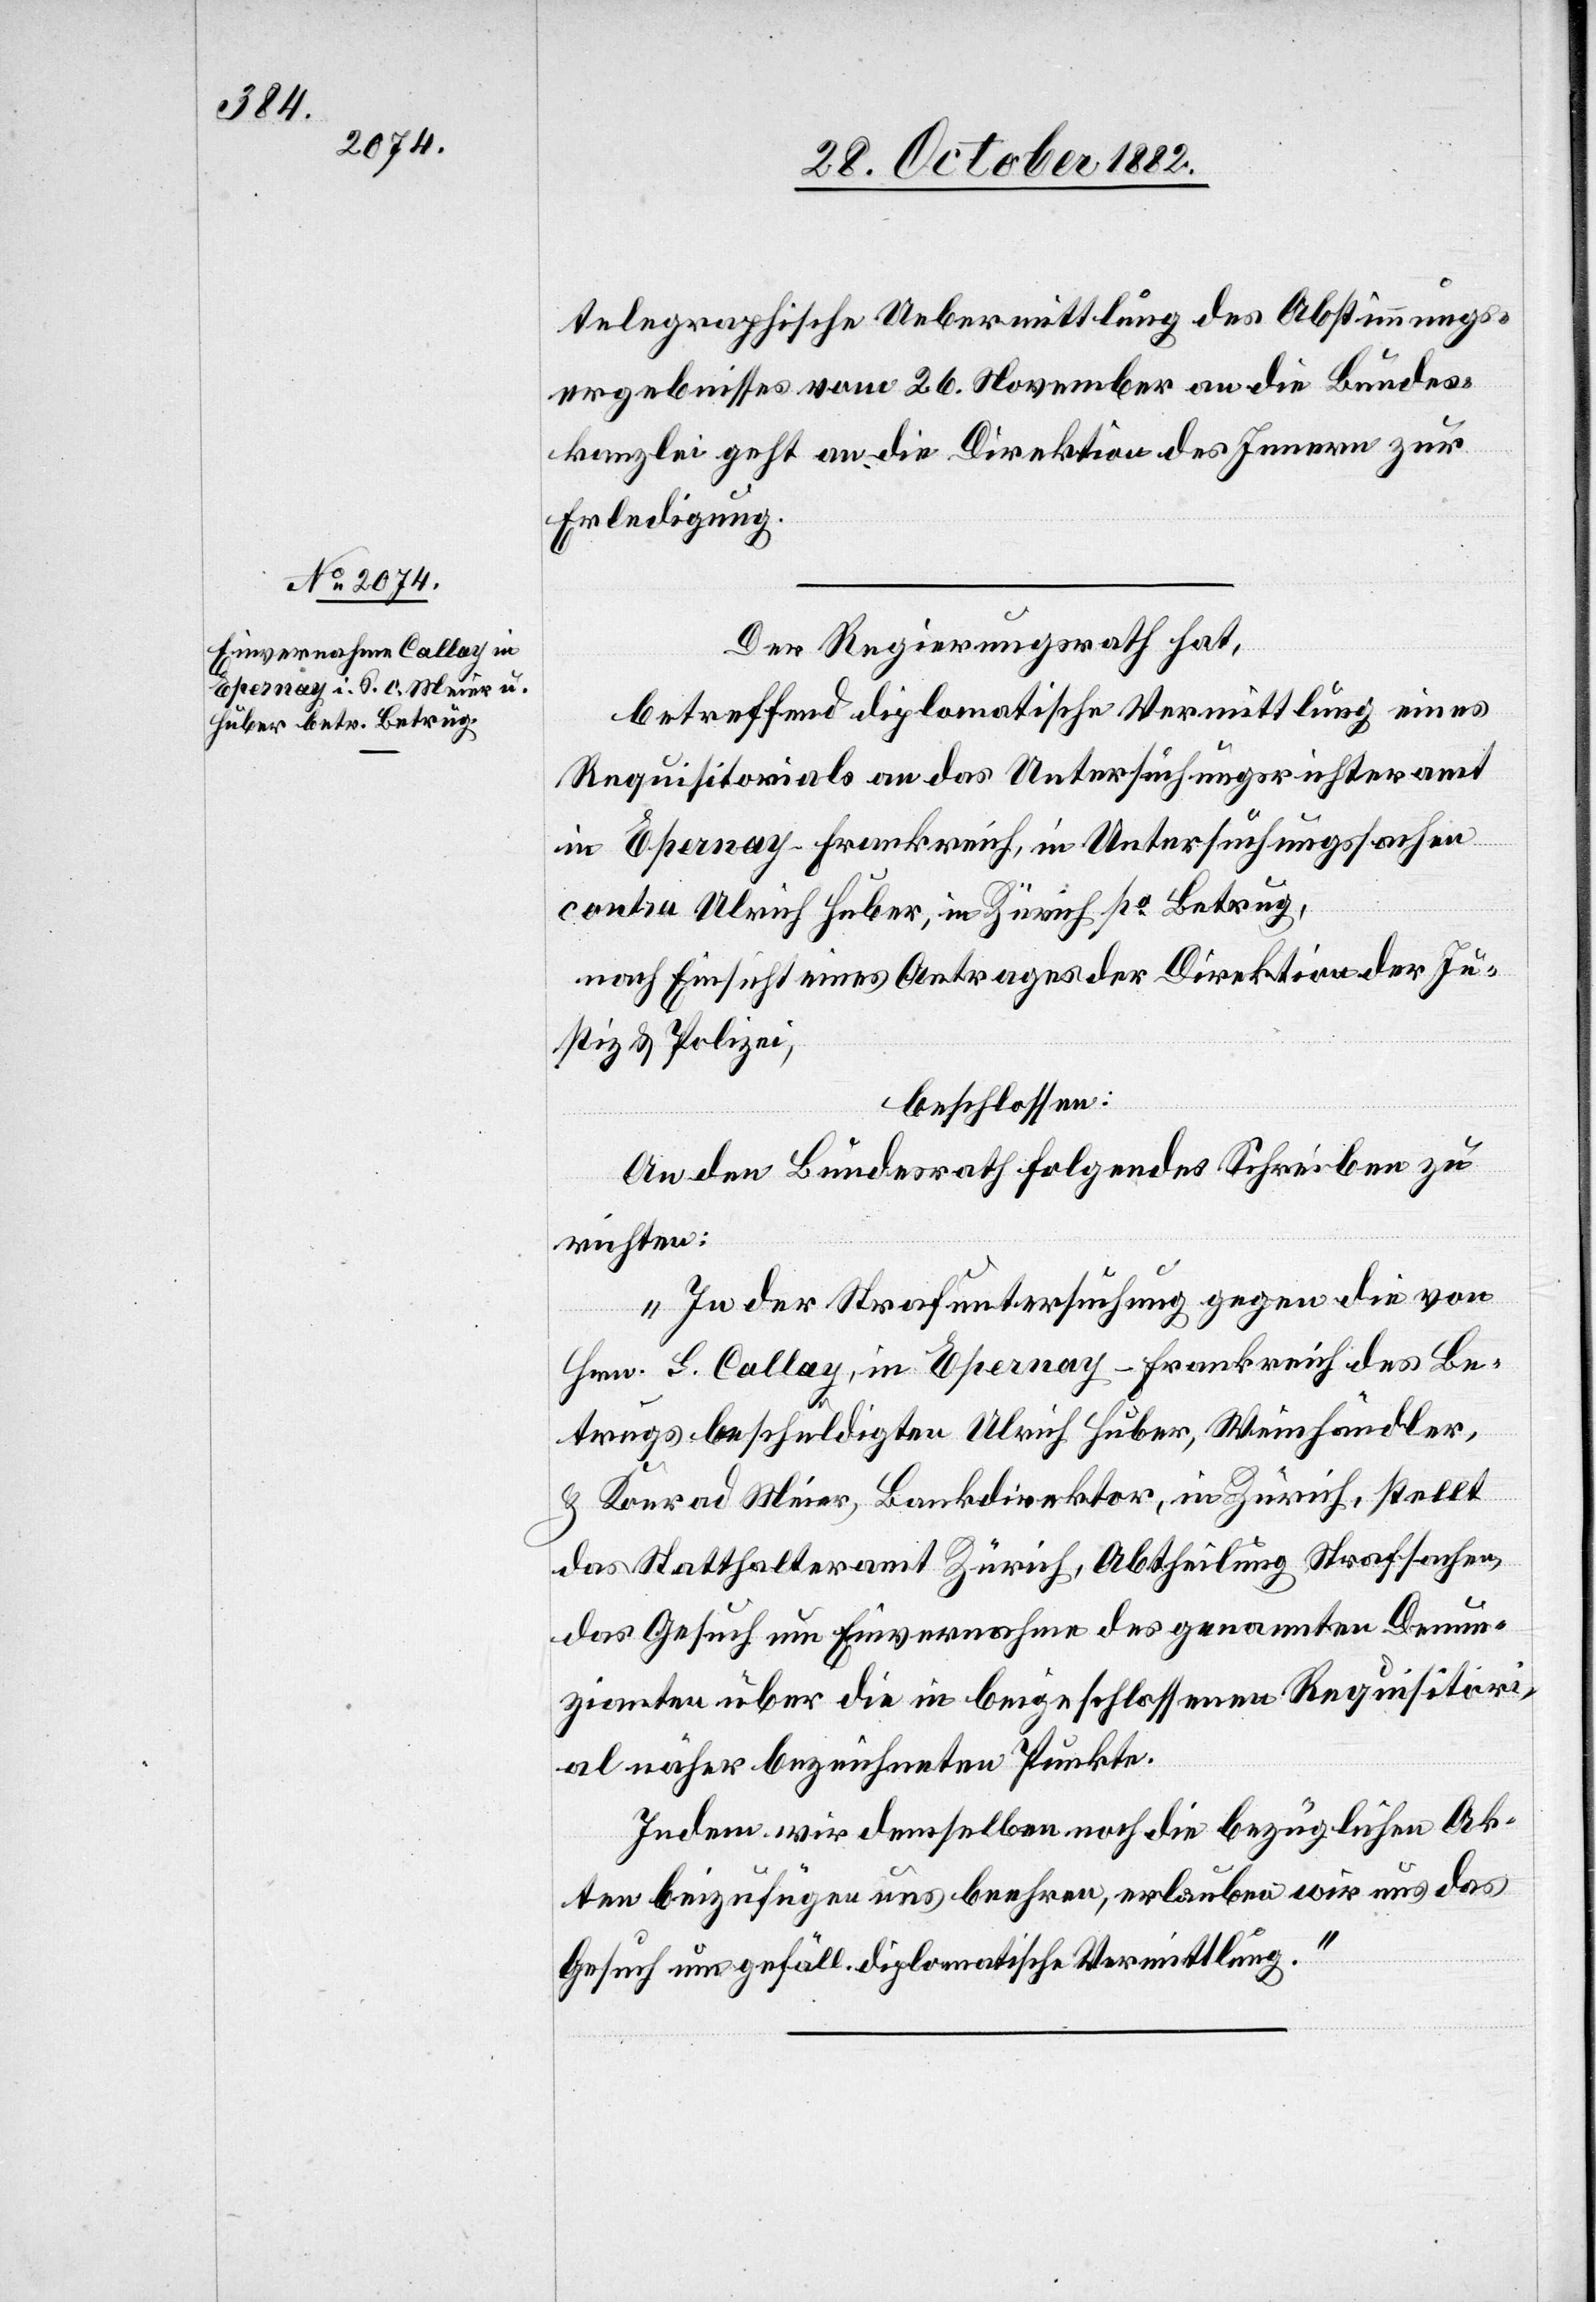
30. October 1882.]
telegraphische Uebermittlung des Abstimmungs¬
ergebnisses vom 26. November an die Bundes¬
kanzlei geht an die Direktion des Innern zur
Erledigung.
Der Regierungsrath hat,
betreffend diplomatische Vermittlung eines
Requisitorials an das Untersuchungsrichteramt
in Epernay - Frankreich, in Untersuchungssachen
contra Ulrich Huber, in Zürich po Betrug,
nach Einsicht eines Antrages der Direktion der Ju¬
stiz & Polizei,
beschlossen:
An den Bundesrath folgendes Schreiben zu
richten:
„In der Strafuntersuchung gegen die von
Hrn. S. Callay - Frankreich des Be¬
trugs beschuldigten Ulrich Huber, Weinhändler,
& Konrad Meier, Bankdirektor, in Zürich, stellt
das Statthalteramt Zürich, Abtheilung Strafsachen,
das Gesuch um Einvernahme des genannten Denun¬
zianten über die in beigeschlossenen [sic!] Requisitori¬
al näher bezeichneten Punkte.
Indem wir demselben noch die bezüglichen Ak¬
ten beizufügen uns beehren, erlauben wir uns das
Gesuch um gefäll. diplomatische Vermittlung.“